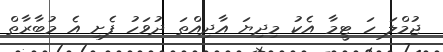
ޖުމްލަ ހަ ޓީމާ އެކު މިދިޔަ އާދިއްތަ ދުވަހު ފެށި އެ މުބާރާތް